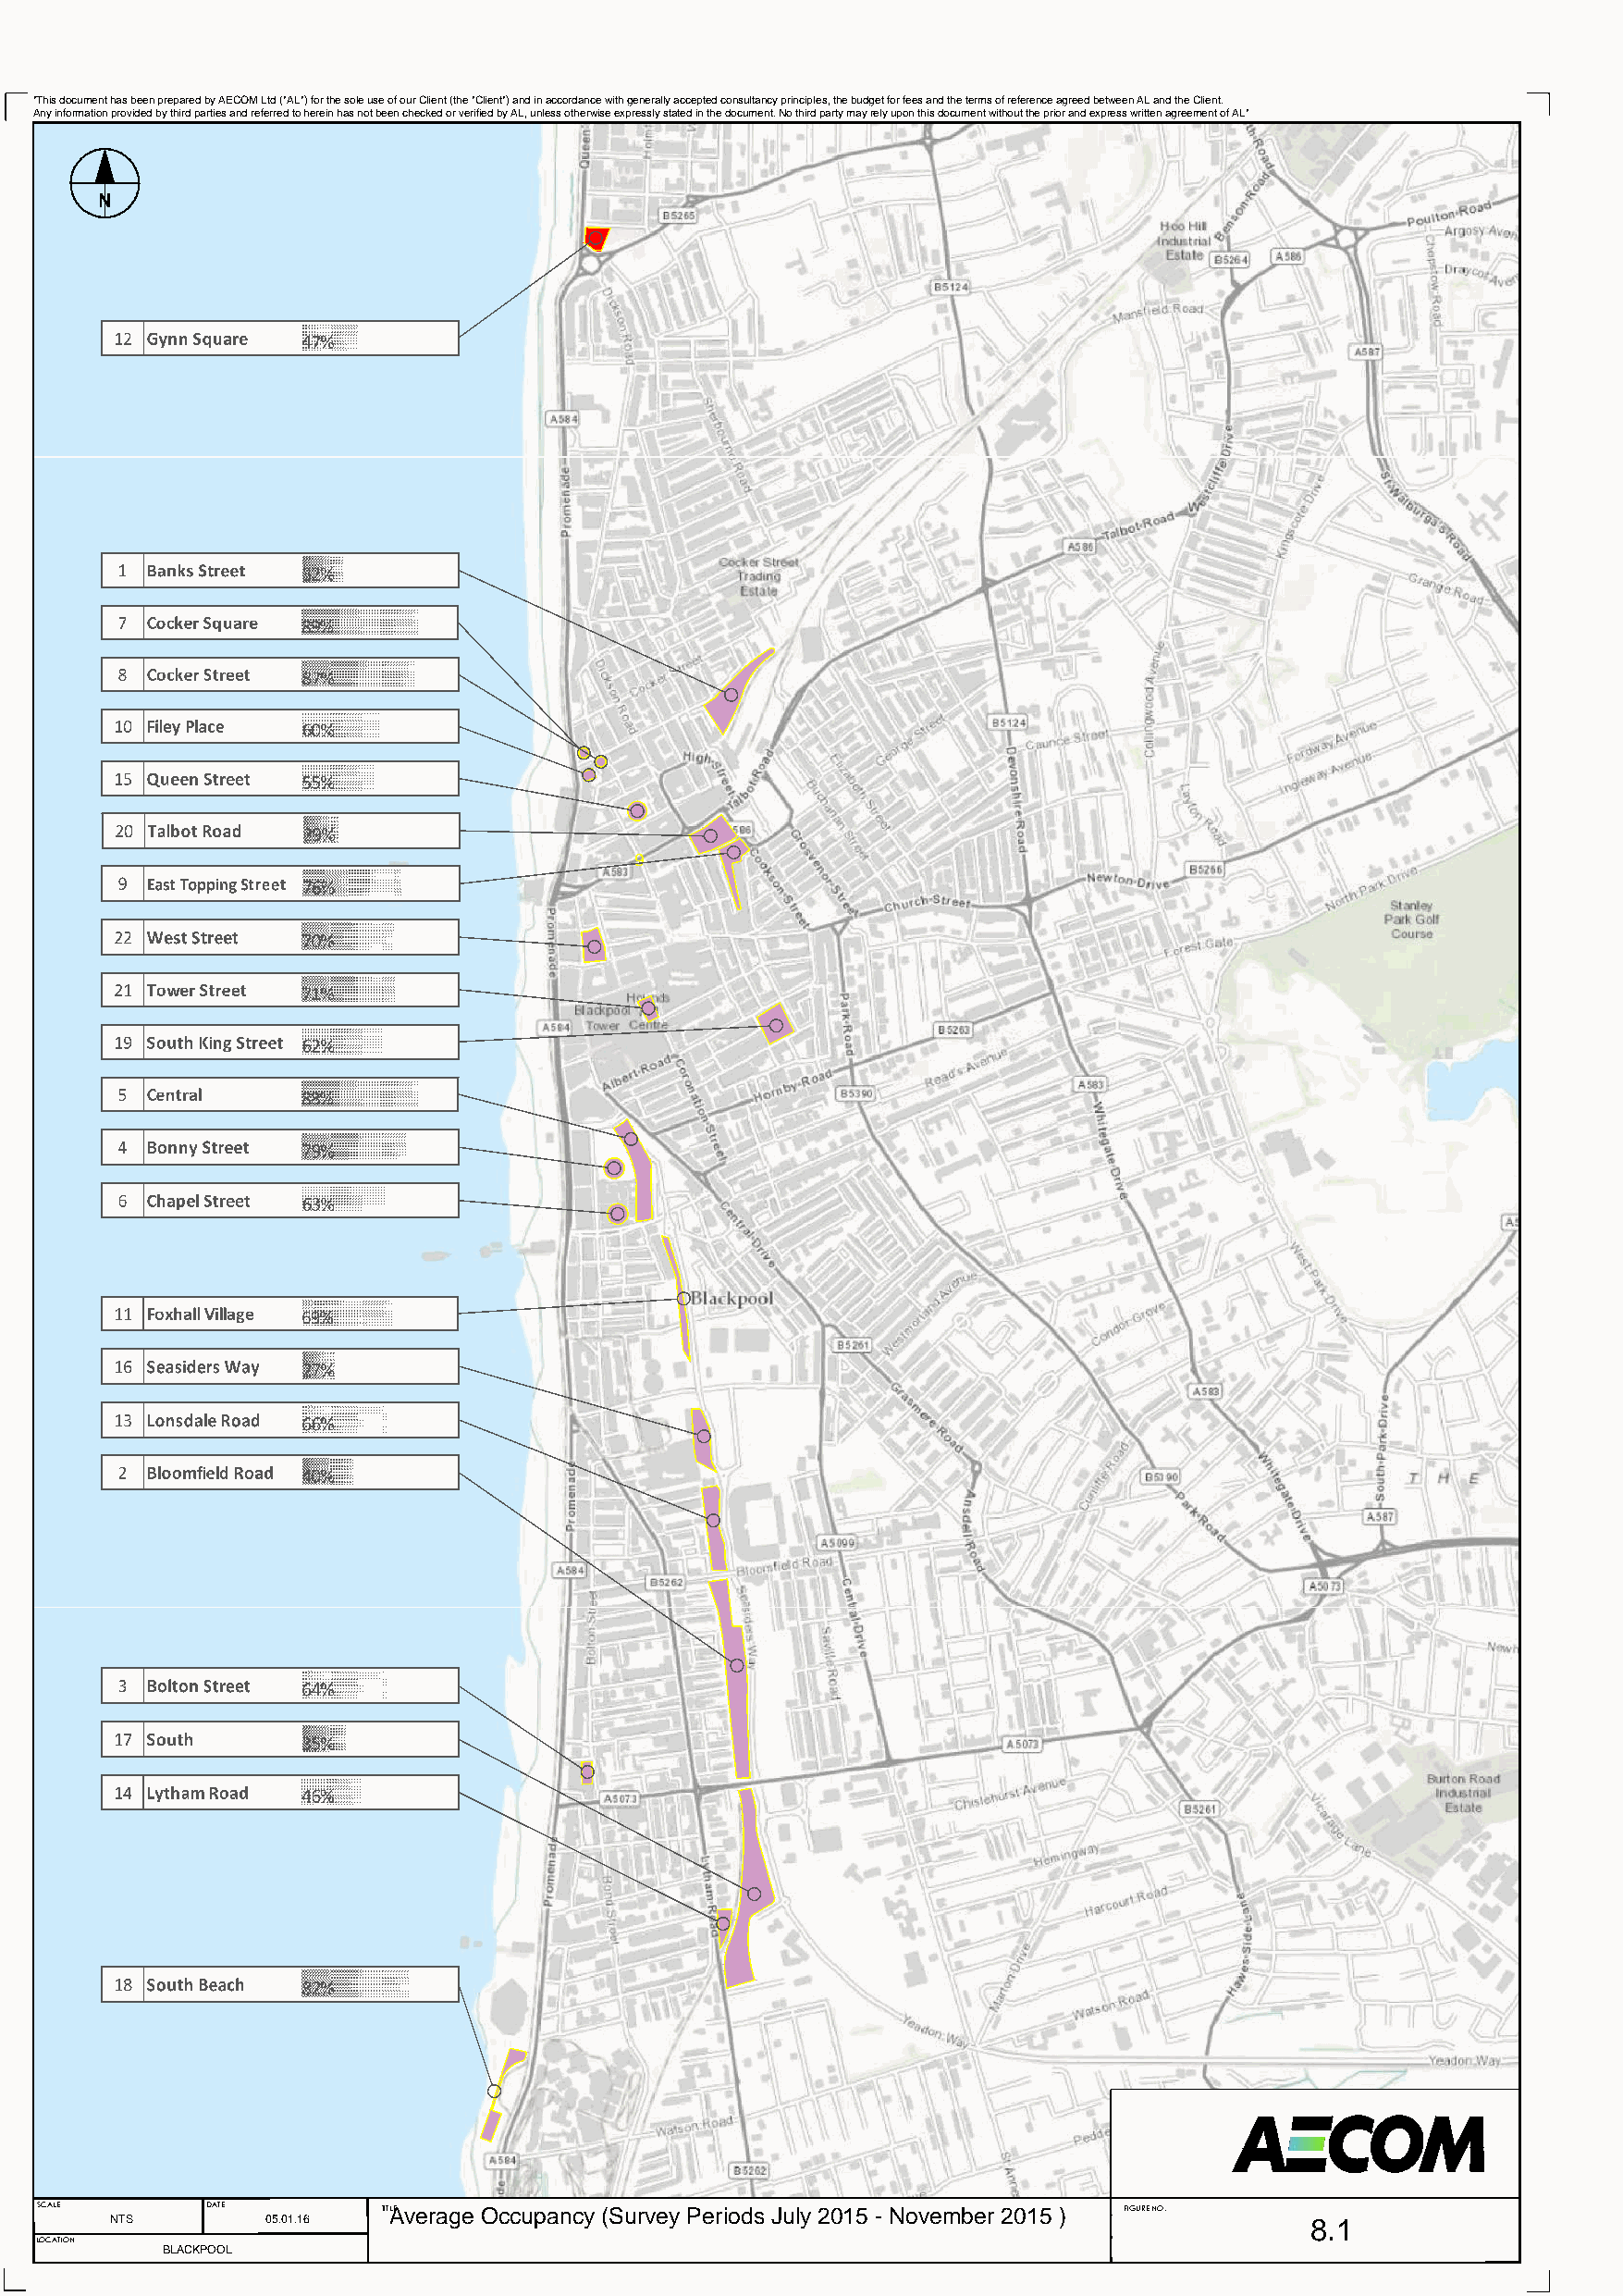
"This document has been prepared by AECOM Ltd ("AL") for the sole use of our Client (the "Client") and in accordance with generally accepted consultancy principles, the budget for fees and the terms of reference agreed between AL and the Client.
 Any information provided by third parties and referred to herein has not been checked or verified by AL, unless otherwise expressly stated in the document. No third party may rely upon this document without the prior and express written agreement of AL"
 N
 9
 SCALE       DATE        TITALE verage Occupancy (Survey Periods July 2015 - November 2015 ) FIGURE NO.
 NTS        05.01.16                                                                   8.1
 LOCATION
 BLACKPOOL